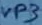
Text: VP3